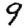
Digit: 9